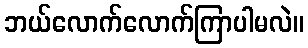
ဘယ်လောက်လောက်ကြာပါမလဲ။